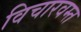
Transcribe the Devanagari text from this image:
विचारवम्त